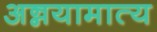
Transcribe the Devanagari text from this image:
अन्नयामात्य